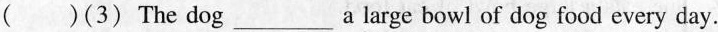
( )(3) The dog ___ a large bowl of dog food every day.